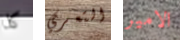
كلا التعري الامير